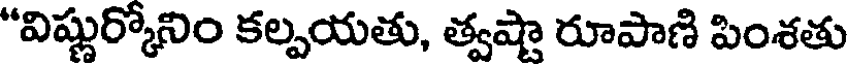
"విష్ణుర్కోనిం కల్పయతు, త్వష్టా రూపాణి పింశతు